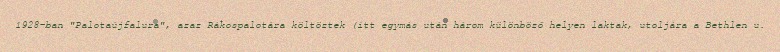
1928-ban "Palotaújfalura", azaz Rákospalotára költöztek (itt egymás után három különböző helyen laktak, utoljára a Bethlen u.